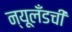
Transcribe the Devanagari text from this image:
न्यूलँडची